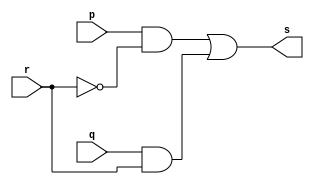
//-----------------------
//TP03 - 45142
//-----------------------

module multiplexador(output s, input p, input q, input r);

wire temp1, temp2, temp3;

not(temp3,            r);
and(temp1,     p, temp3);
and(temp2,     q,     r);
or (    s, temp1, temp2);

endmodule

module exemplo0035(output s, input p, input q, input [2:0]chave);

wire temp1, temp2, temp3, temp4, temp5, temp6, temp7, temp8, temp9, temp10, temp11, temp12, temp13, temp14;

or  (temp1, p, q);
and (temp2, p, q);
nor (temp3, p, q);
nand(temp4, p, q);
xor (temp5, p, q);
xnor(temp6, p, q);
not (temp7,    p);
not (temp8,    q);

multiplexador MULT ( temp9,   temp1,  temp2, chave[0]);
multiplexador MULT2(temp10,   temp3,  temp4, chave[0]);
multiplexador MULT3(temp11,   temp5,  temp6, chave[0]);
multiplexador MULT4(temp12,   temp7,  temp8, chave[0]);
multiplexador MULT5(temp13,   temp9, temp10, chave[1]);
multiplexador MULT6(temp14,  temp11, temp12, chave[1]);
multiplexador MULT7(     s,  temp13, temp14, chave[2]);

endmodule

module testexemplo0035;
reg[0:0]     a;
reg[0:0]     b;
reg[4:0] count;
reg[2:0]     c;
wire[0:0]    s;

exemplo0035 Q05(s, a, b, c);

initial begin
a= 1'b0;
b= 1'b0;
c= 3'b000;

#1 $monitor("%3b %3b %3b = %3b", a, b, c, s);

count = 0;
	repeat(31)begin
		count <= count+1;
		
		#1 a<=count[4]; b<=count[3]; c[2]<=count[2]; c[1]<=count[1];c[0]<=count[0];

	end
end
endmodule